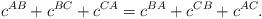
LaTeX: \begin{align*}c^{AB}+c^{BC}+c^{CA}=c^{BA}+c^{CB}+c^{AC}.\end{align*}